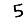
Digit: 5